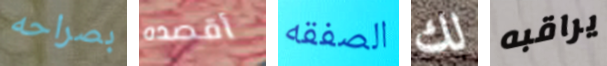
بصراحه أقصده الصفقه لك يراقبه